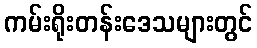
ကမ်းရိုးတန်းဒေသများတွင်